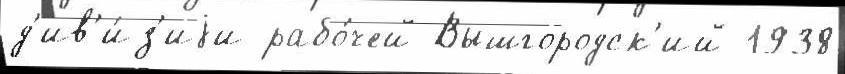
д'ив'и́з'иjи рабо́чей Вышгородск'ий 1938